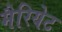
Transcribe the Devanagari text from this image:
मैरियेट